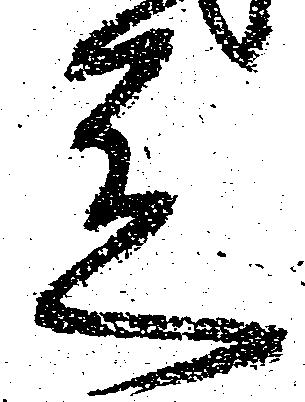
走